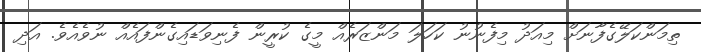
ތިމަންކަލޭގެފާނަށް މިއަދު މިފެނުނު ކަހަލަ މަންޒަރެއް މީގެ ކުރީން ފެނިވަޑައިގެންފައެއް ނުވެއެވެ. އަދި